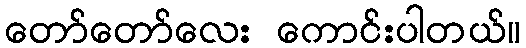
တော်တော်လေး ကောင်းပါတယ်။